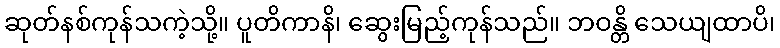
ဆုတ်နစ်ကုန်သကဲ့သို့။ ပူတိကာနိ၊ ဆွေးမြည့်ကုန်သည်။ ဘဝန္တိ သေယျထာပိ၊